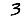
Digit: 3